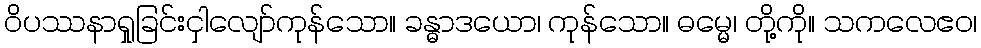
ဝိပဿနာရှုခြင်းငှါလျော်ကုန်သော။ ခန္ဓာဒယော၊ ကုန်သော။ ဓမ္မေ၊ တို့ကို။ သကလေဧဝ၊